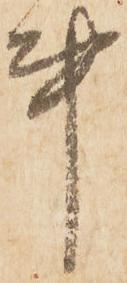
事